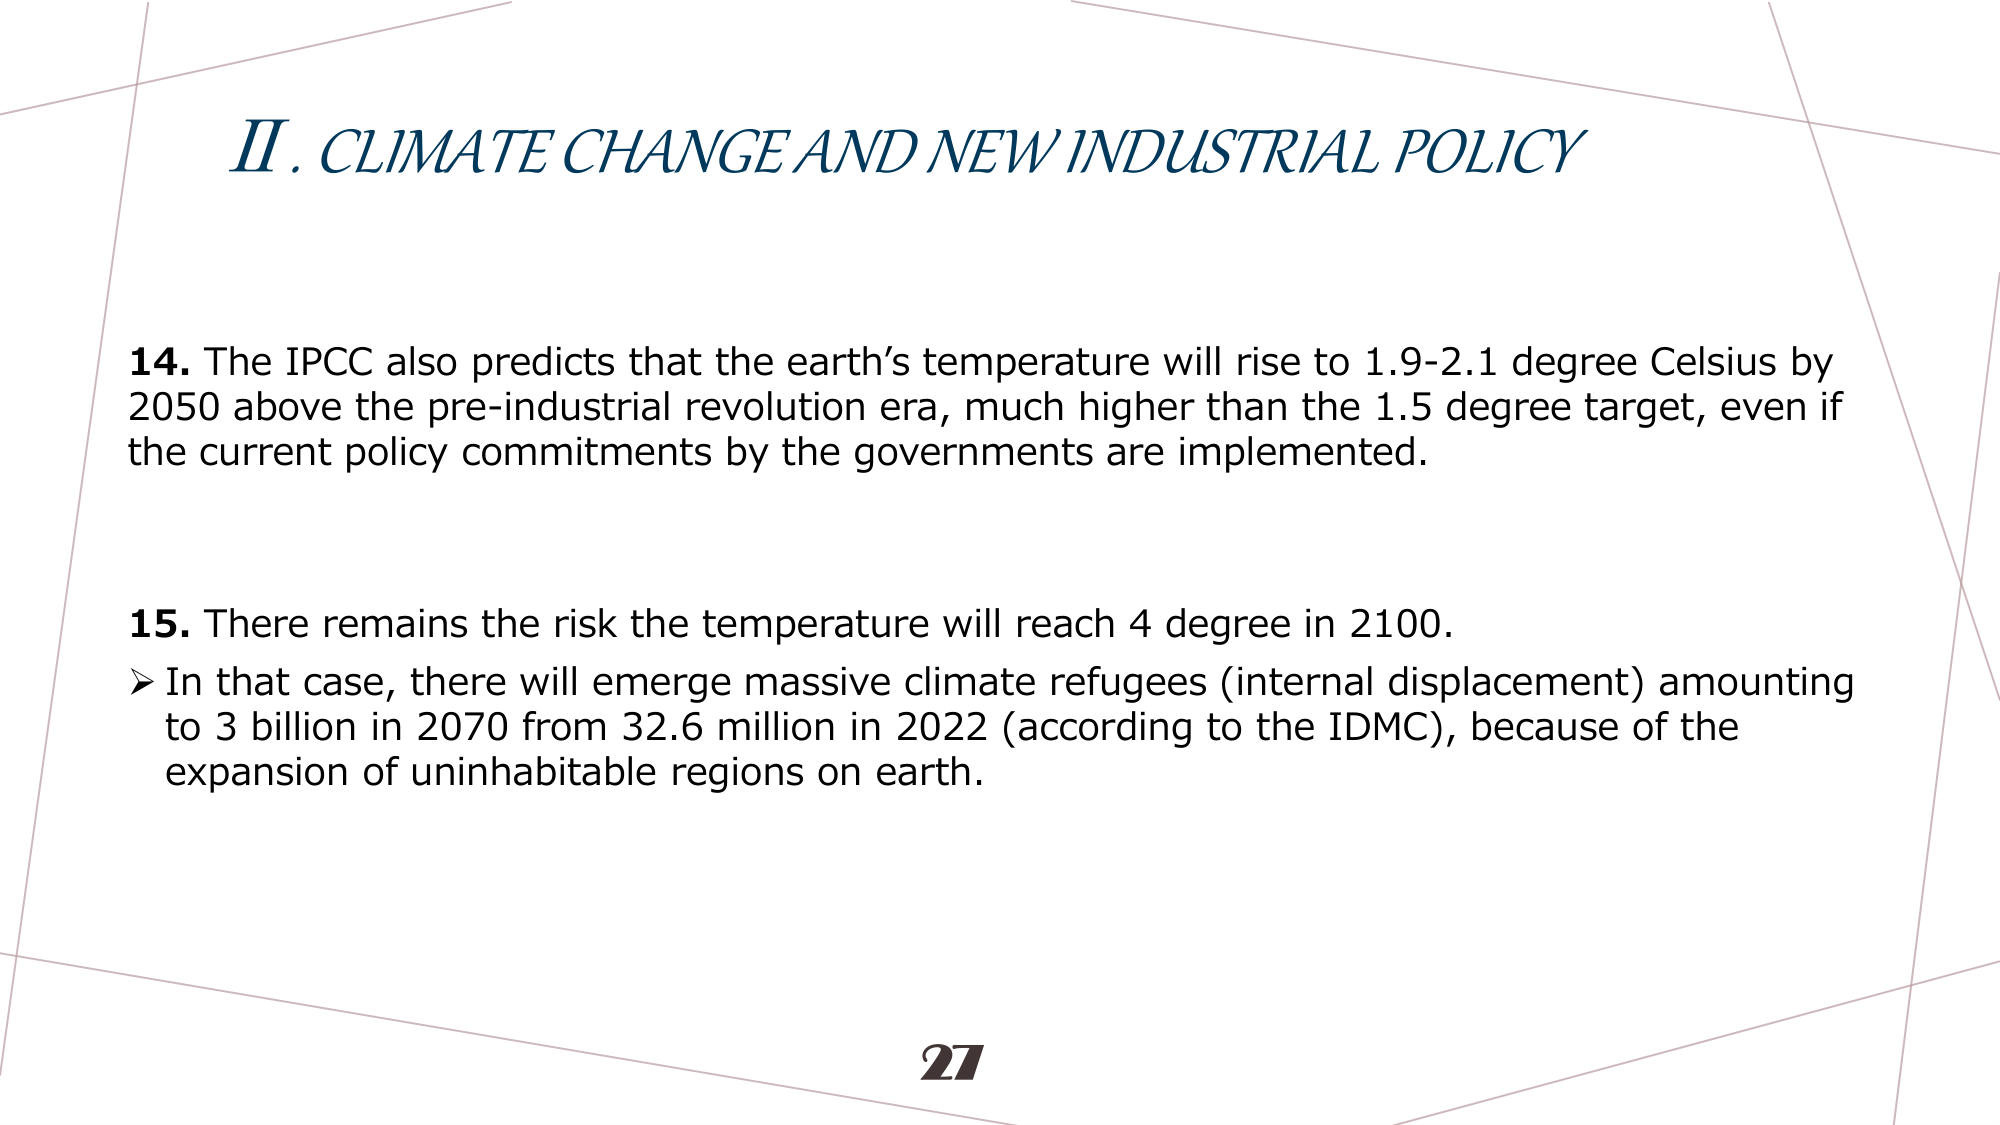
II. CLIMATE CHANGE AND NEW INDUSTRIAL POLICY

14. The IPCC also predicts that the earth’s temperature will rise to 1.9-2.1 degree Celsius by 2050 above the pre-industrial revolution era, much higher than the 1.5 degree target, even if the current policy commitments by the governments are implemented.

15. There remains the risk the temperature will reach 4 degree in 2100.
➤ In that case, there will emerge massive climate refugees (internal displacement) amounting to 3 billion in 2070 from 32.6 million in 2022 (according to the IDMC), because of the expansion of uninhabitable regions on earth.

27